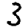
Digit: 3